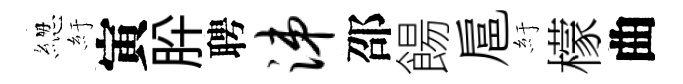
緫紆寅肸聘涕邵餳扈紆檬曲